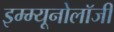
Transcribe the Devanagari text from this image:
इम्म्यूनोलॉजी